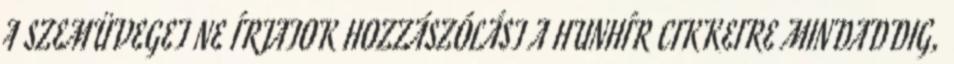
A SZEMÜVEGET NE ÍRJATOK HOZZÁSZÓLÁST A HUNHÍR CIKKEIRE MINDADDIG,